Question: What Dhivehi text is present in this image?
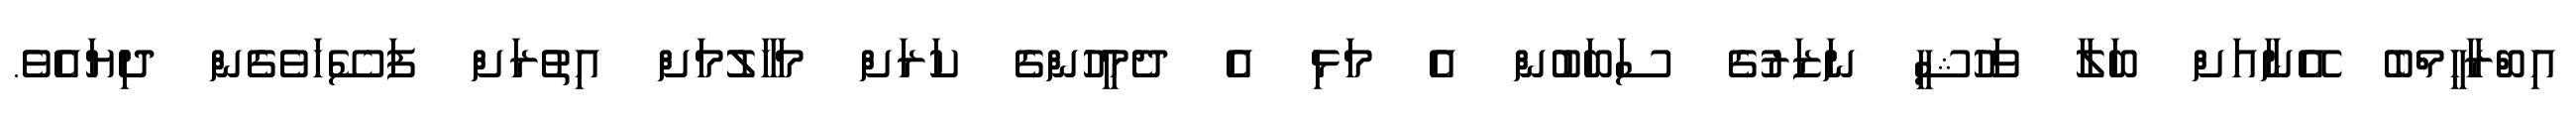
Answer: އިބްރާހީމްބެ އޭނާއަށް ބަލާ ވަހުޝީ ނަޒަރުގެ ސަބަބުން އެ މަޅި އެ ދެމީހުންގެ ކަރަށް މަހާލުމަށް އިތުރަށް ފަސޭހަވެގެން ދިޔައެވެ.